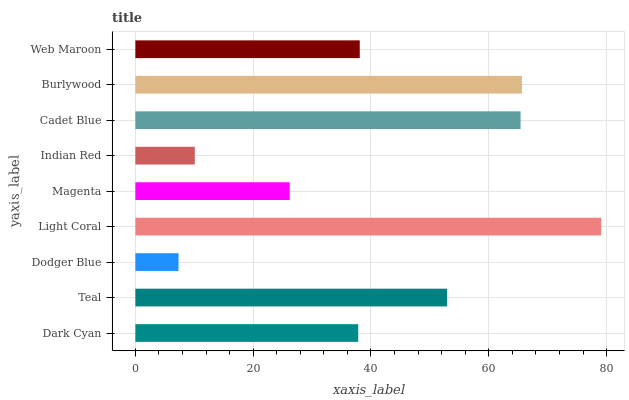
| yaxis_label | bars |
 | --- | --- |
 | Dark Cyan | 37.8 |
 | Teal | 52.9 |
 | Dodger Blue | 7.33 |
 | Light Coral | 79.1 |
 | Magenta | 26.2 |
 | Indian Red | 10.1 |
 | Cadet Blue | 65.4 |
 | Burlywood | 65.6 |
 | Web Maroon | 38.1 |